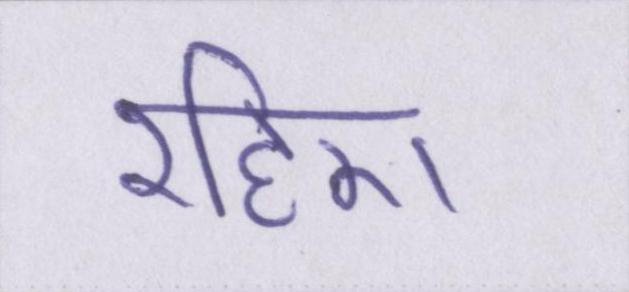
रहिए